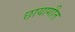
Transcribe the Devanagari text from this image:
छायागीत